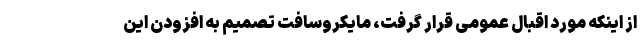
از اینکه مورد اقبال عمومی قرار گرفت، مایکروسافت تصمیم به افزودن این